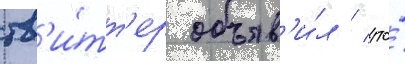
тв'и́тт'ер объяв'и́л / что́